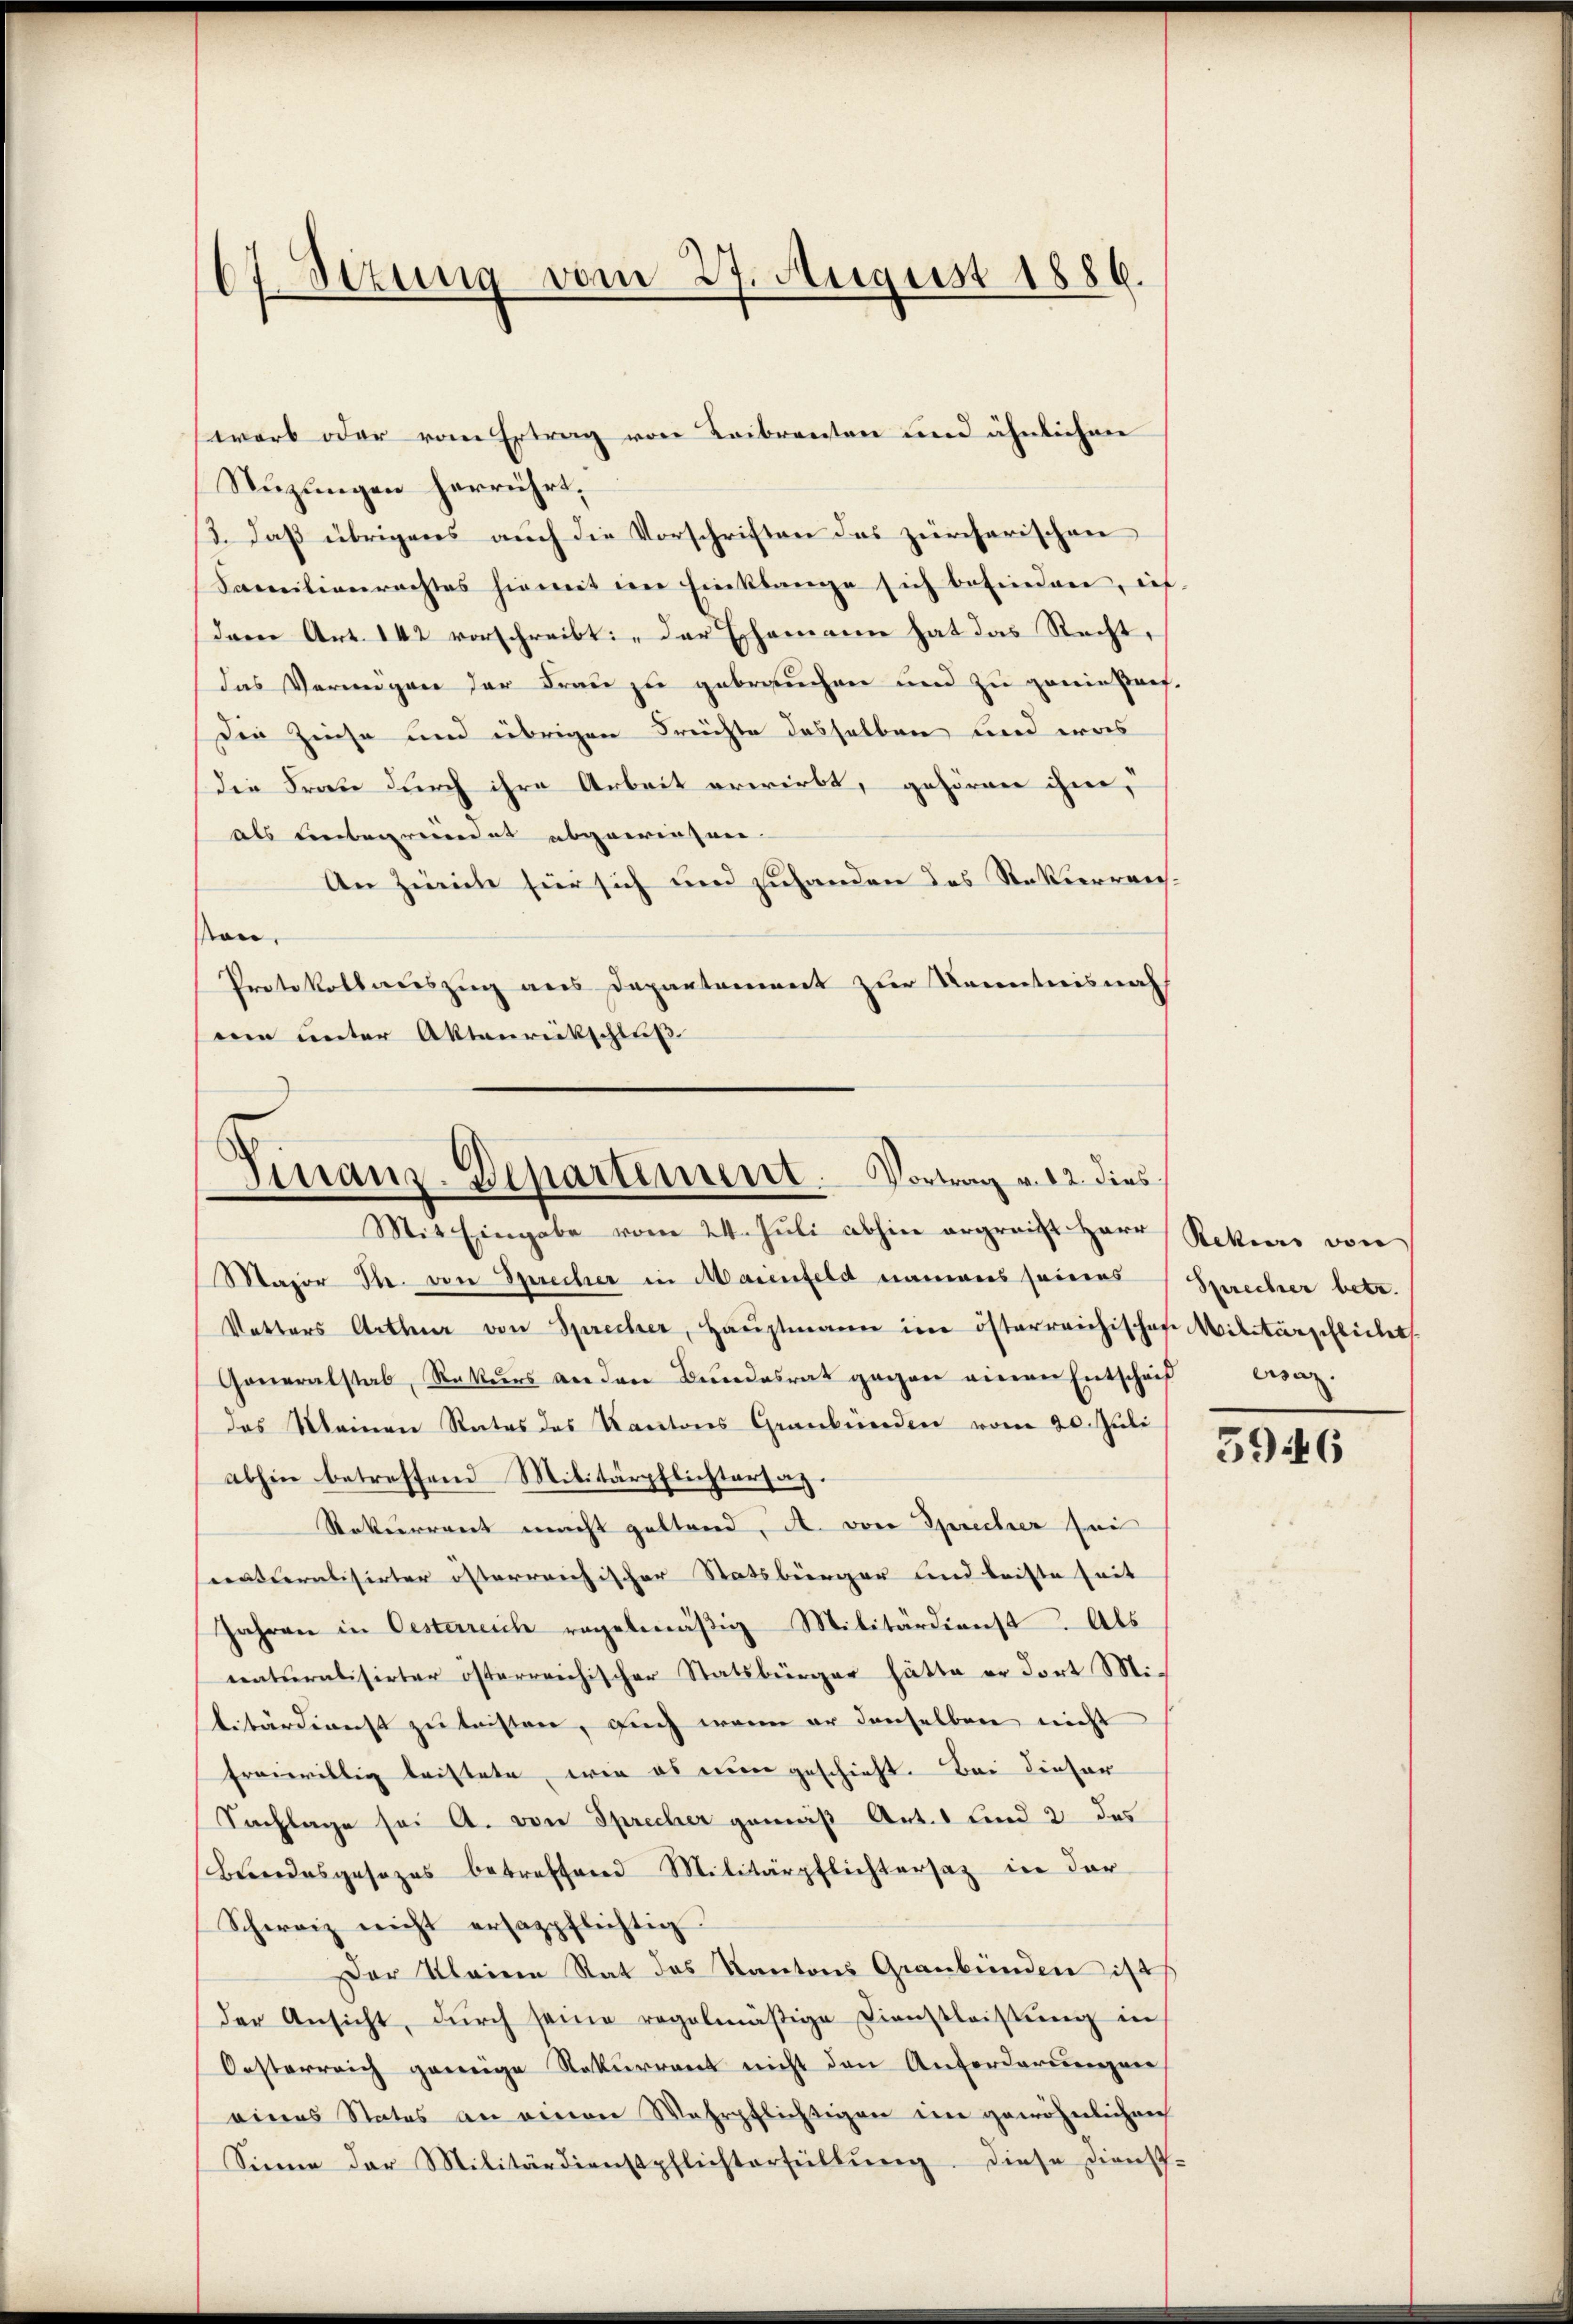
warb oder vom Ertrag von Leibrenten und ähnlichen
Suzungen herrührt.
3. Daß übrigens auch die Vorschriften das zürcherischen
Familienrechtes hiemit im Einklange sich befinden, ent-
dem Art. 142 vorschreibt: „Der Ehemann hat das Recht,
das Vermögen der Frau zu gebrauchen und zu genießarf.
Die Zinse und übrigen Freichte desselben und was
die Frau durch ihre Arbeit erwirbt, gehörner ihne,
als Leebegreidet abgewiesen.
An Zürich für sich und zuhanden des Rekurreichvon.
Protokollauszug aus Departement zur Kenntnisnah
mie unter Aktenrückschluß

67. Sizung vom 27. August 1886.

Finanz-Departement. Vortrag v. 12. dies
Mit Eingabe vom 24. Juli abhin ergreift Herr Rekurs von

Major Th. von Sprecher in Maienfeld namens seines Sprecher betr.
Vetters Arthur von Sprecher, Haŭptmann im österreichischen Militärpflicht
Generalstab, Rekurs an den Bundesrat gegen einen Entschniß
das Meinen Rates des Kantons Graubünden vom 20. Juli
abhin betreffend Militärpflichtersaz.
Rekurrent macht geltend, A. von Sprecher sei
censteralisirter österreichischer Statsbürger und leiste seit |
Jahren in Oesterreich regelmäβig Militärdienst. Als
naturalisirter österreichischer Statsbürger hätte er dort Mibitärdienst zu leisten, auch wenn er denselben nicht
freiwillig leistete, wie es eine geschieht. Bei dieser
Sachlage sei A. von Sprecher gemäß Art. 1 und 2 das
Beendesgesezes betreffend Militärpflichtersaz in der
Schweiz nicht ersazpflichtig
Der Kleinen Rat des Kantons Graubünden ist
der Ansicht, dŭrch seine regelmäßige Dienstleistŭng in
Oesterreich genzige Rekurrent nicht den Anforderungen
eines Status an einen Wehrpflichtigen im gewöhnlichen
Sinne der Militärdienstpflichterfüllŭng. Diese Dienst-

enz.

5946